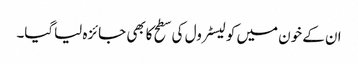
ان کے خون میں کولیسٹرول کی سطح کابھی جائزہ لیاگیا۔